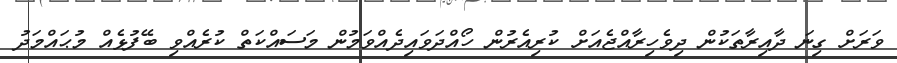
ވަރަށް ގިނަ ދާއިރާތަކުން ދިވެހިރާއްޖެއަށް ކުރިއެރުން ހޯއްދަވައިދެއްވަމުން މަސައްކަތް ކުރެއްވި ބޭފުޅެއް މުޙައްމަދު